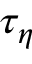
\tau _ { \eta }